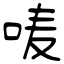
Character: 唛